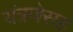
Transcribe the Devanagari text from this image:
यंत्रणेसह